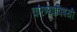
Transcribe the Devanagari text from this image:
करण्‍याविषयी